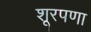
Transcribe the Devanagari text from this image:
शूरपणा